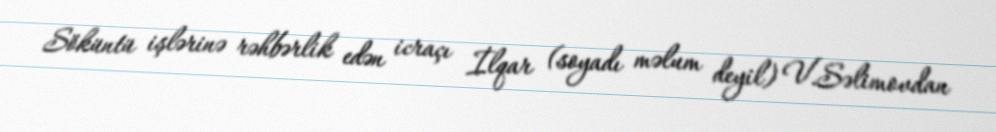
Söküntü işlərinə rəhbərlik edən icraçı İlqar (soyadı məlum deyil) V.Səlimovdan